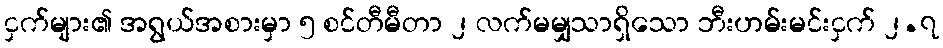
ငှက်များ၏ အရွယ်အစားမှာ ၅ စင်တီမီတာ ၂ လက်မမျှသာရှိသော ဘီးဟမ်းမင်းငှက် ၂.၇